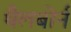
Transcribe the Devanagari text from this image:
थैलबोर्न